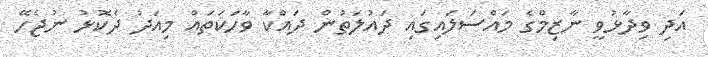
އަދި ވިދާޅުވީ ނާޒިމްގެ މައްސަލައިގައި ދައުލަތުން ދައްކާ ވާހަކަތައް މިއަދު ދެކޮޅު ނުޖެހޭ